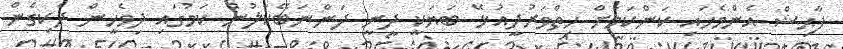
ފާޙިޝް އެންމެހައި ކަންކަމަށް ހިތްވަރުދީއުޅޭ ބަޔަކީ ދީނީ ދަންނަބޭކަލުން ކަމުގައި ދިވެހީން ދެކިގެން